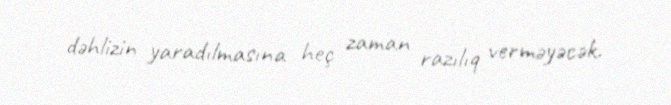
dəhlizin yaradılmasına heç zaman razılıq verməyəcək.